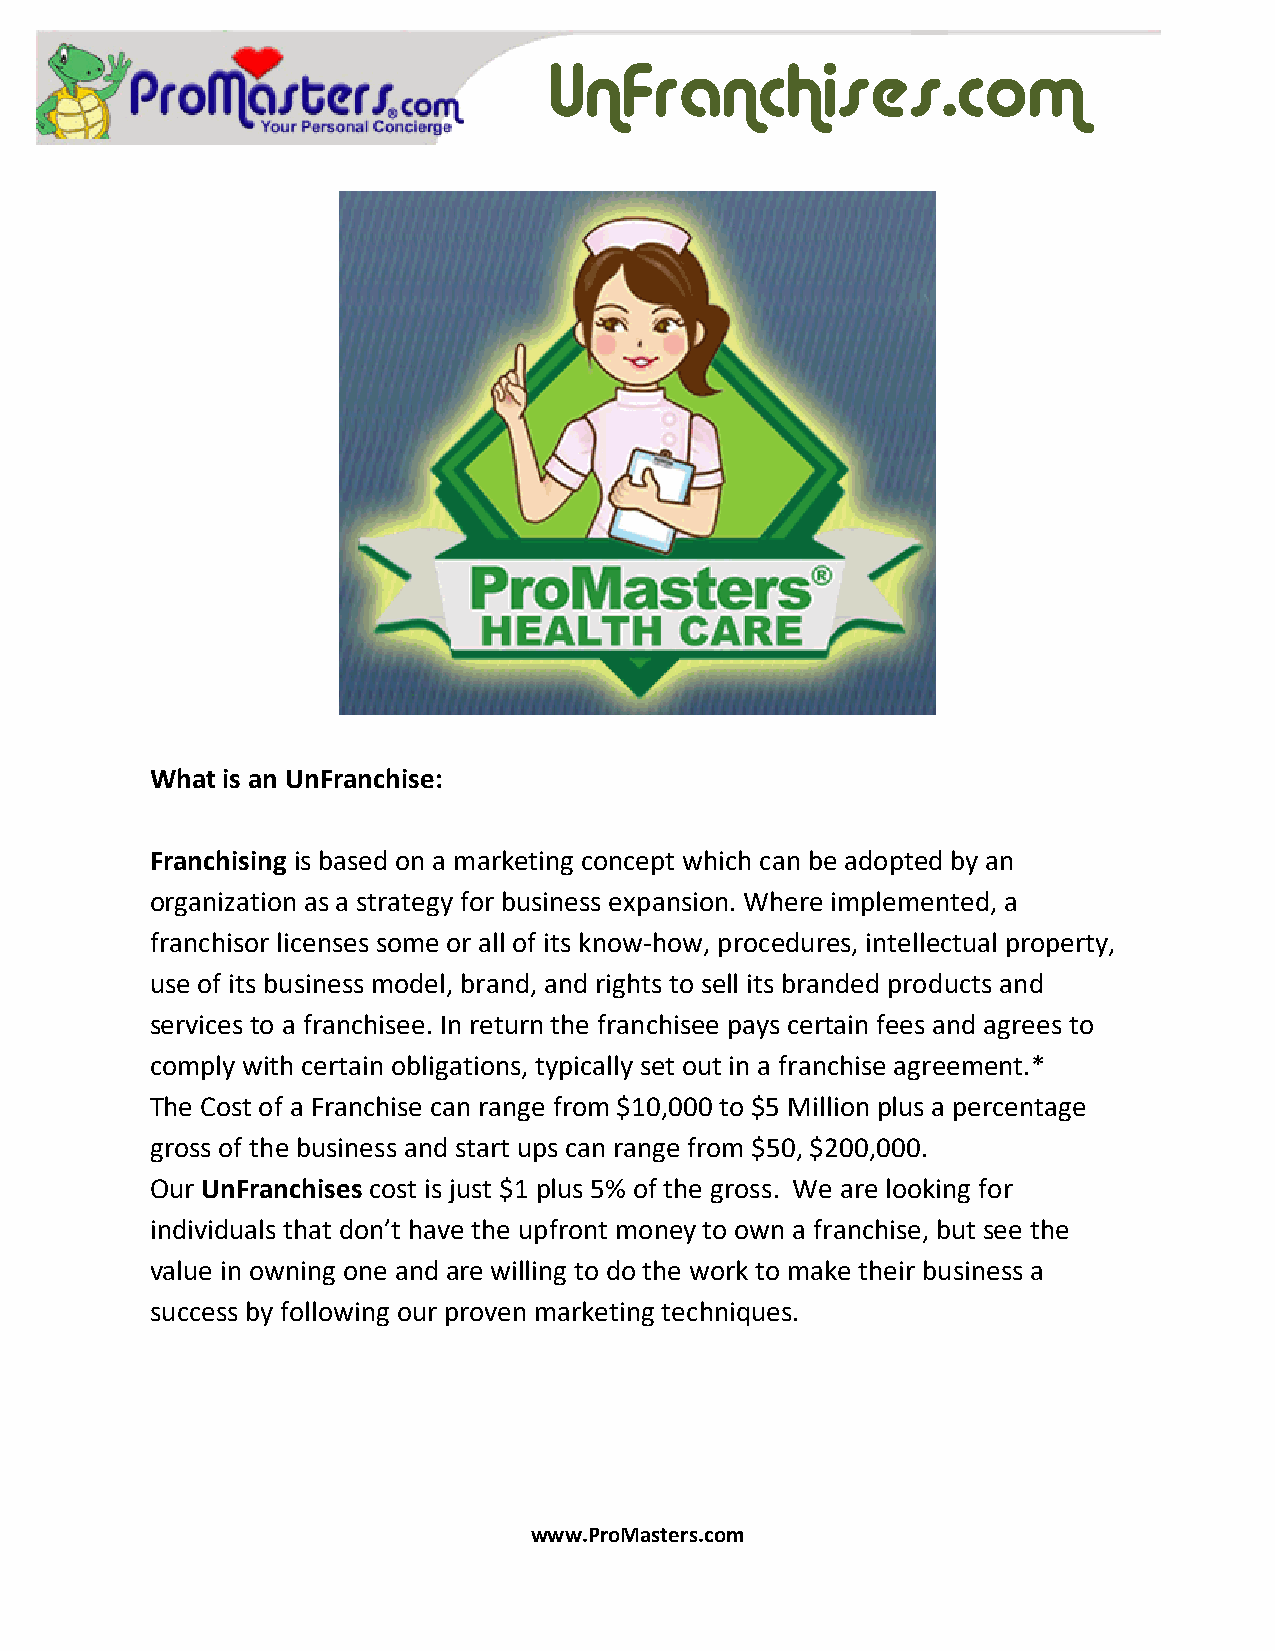
UnFranchises.com
 What is an UnFranchise:
 Franchising is based on a marketing concept which can be adopted by an
 organization as a strategy for business expansion. Where implemented, a
 franchisor licenses some or all of its know-how, procedures, intellectual property,
 use of its business model, brand, and rights to sell its branded products and
 services to a franchisee. In return the franchisee pays certain fees and agrees to
 comply with certain obligations, typically set out in a franchise agreement.*
 The Cost of a Franchise can range from $10,000 to $5 Million plus a percentage
 gross of the business and start ups can range from $50, $200,000.
 Our UnFranchises cost is just $1 plus 5% of the gross. We are looking for
 individuals that don’t have the upfront money to own a franchise, but see the
 value in owning one and are willing to do the work to make their business a
 success by following our proven marketing techniques.
 www.ProMasters.com